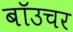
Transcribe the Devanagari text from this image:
बॉउचर